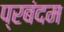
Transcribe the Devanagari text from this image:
प्रबंदम